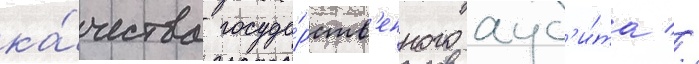
ка́чества госуда́рств'енного ауд'и́та //